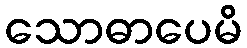
သောဓာပေမိ